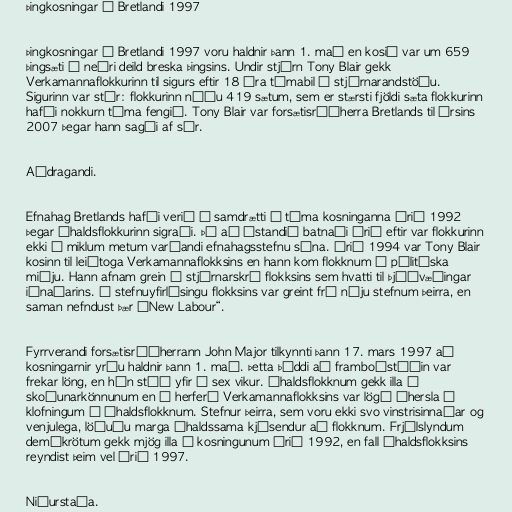
Þingkosningar í Bretlandi 1997

Þingkosningar í Bretlandi 1997 voru haldnir þann 1. maí en kosið var um 659
þingsæti í neðri deild breska þingsins. Undir stjórn Tony Blair gekk
Verkamannaflokkurinn til sigurs eftir 18 ára tímabil í stjórnarandstöðu.
Sigurinn var stór: flokkurinn náðu 419 sætum, sem er stærsti fjöldi sæta flokkurinn
hafði nokkurn tíma fengið. Tony Blair var forsætisráðherra Bretlands til ársins
2007 þegar hann sagði af sér.

Aðdragandi.

Efnahag Bretlands hafði verið í samdrætti á tíma kosninganna árið 1992
þegar Íhaldsflokkurinn sigraði. Þó að ástandið batnaði árið eftir var flokkurinn
ekki í miklum metum varðandi efnahagsstefnu sína. Árið 1994 var Tony Blair
kosinn til leiðtoga Verkamannaflokksins en hann kom flokknum í pólitíska
miðju. Hann afnam grein í stjórnarskrá flokksins sem hvatti til þjóðvæðingar
iðnaðarins. Í stefnuyfirlýsingu flokksins var greint frá nýju stefnum þeirra, en
saman nefndust þær „New Labour“.

Fyrrverandi forsætisráðherrann John Major tilkynnti þann 17. mars 1997 að
kosningarnir yrðu haldnir þann 1. maí. Þetta þýddi að framboðstíðin var
frekar löng, en hún stóð yfir í sex vikur. Íhaldsflokknum gekk illa í
skoðunarkönnunum en í herferð Verkamannaflokksins var lögð áhersla á
klofningum í Íhaldsflokknum. Stefnur þeirra, sem voru ekki svo vinstrisinnaðar og
venjulega, löðuðu marga íhaldssama kjósendur að flokknum. Frjálslyndum
demókrötum gekk mjög illa í kosningunum árið 1992, en fall Íhaldsflokksins
reyndist þeim vel árið 1997.

Niðurstaða.